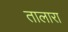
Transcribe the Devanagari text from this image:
तालारा